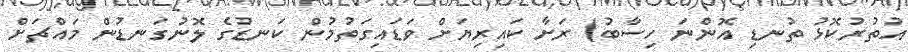
އުތުރުކޮޅު ތުނޑި އޮންނަ ހިސާބު) ރަށާ ކައިރިޔަށް ވަޑައިގަތުމުން ކަނޑުގެ ލޮނުގަނޑުން މައްޗަށް